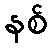
နစ်